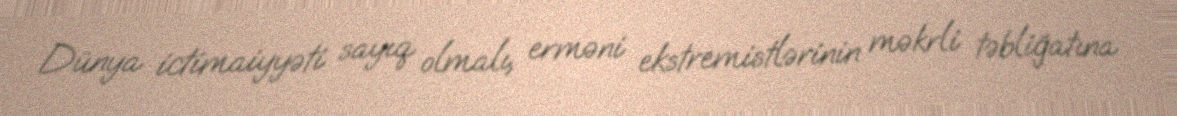
Dünya ictimaiyyəti sayıq olmalı, erməni ekstremistlərinin məkrli təbliğatına